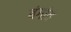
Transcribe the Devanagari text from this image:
बंगांव